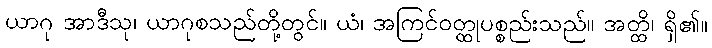
ယာဂု အာဒီသု၊ ယာဂုစသည်တို့တွင်။ ယံ၊ အကြင်ဝတ္ထုပစ္စည်းသည်။ အတ္ထိ၊ ရှိ၏။